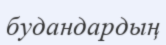
будандардың